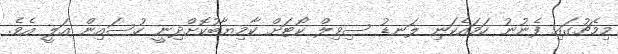
މިމެޗުގައި ފެނުނު ހަމައެކަނި ލަނޑު ސިވިލް ކޯޓަށް ކާމިޔާބުކޮށްދިނީ ހުސައިން އަލީ އެވެ.